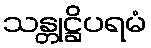
သန္တုဋ္ဌိပရမံ